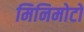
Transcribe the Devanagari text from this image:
मिनिमोटो